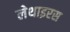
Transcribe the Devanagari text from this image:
लेथाइरस